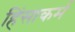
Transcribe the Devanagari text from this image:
हिंसाकर्म